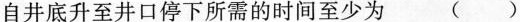
自井底升至井口停下所需的时间至少为 ( )